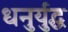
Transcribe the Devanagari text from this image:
धनुर्युद्ध